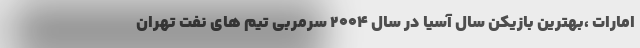
امارات ،‌بهترین بازیکن سال آسیا در سال ۲۰۰۴‌ سرمربی تیم های نفت تهران